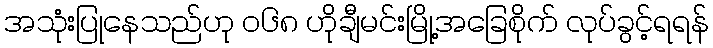
အသုံးပြုနေသည်ဟု ၀၆၈ ဟိုချီမင်းမြို့အခြေစိုက် လုပ်ခွင့်ရရန်